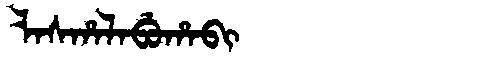
Manchu: ᠯᠠᠰᡥᠠᠯᠠᠪᡠᡥᠠᠪᡳ
Romanization: LASHALABUHABI